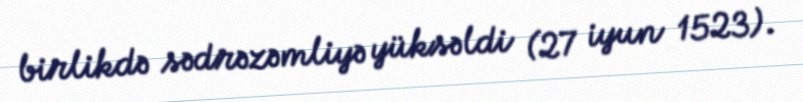
birlikdə sədrəzəmliyə yüksəldi (27 iyun 1523).